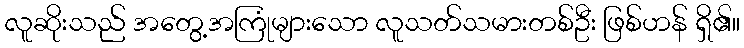
လူဆိုးသည် အတွေ့အကြုံများသော လူသတ်သမားတစ်ဦး ဖြစ်ဟန် ရှိ၏။